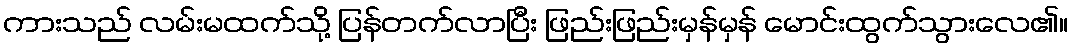
ကားသည် လမ်းမထက်သို့ ပြန်တက်လာပြီး ဖြည်းဖြည်းမှန်မှန် မောင်းထွက်သွားလေ၏။